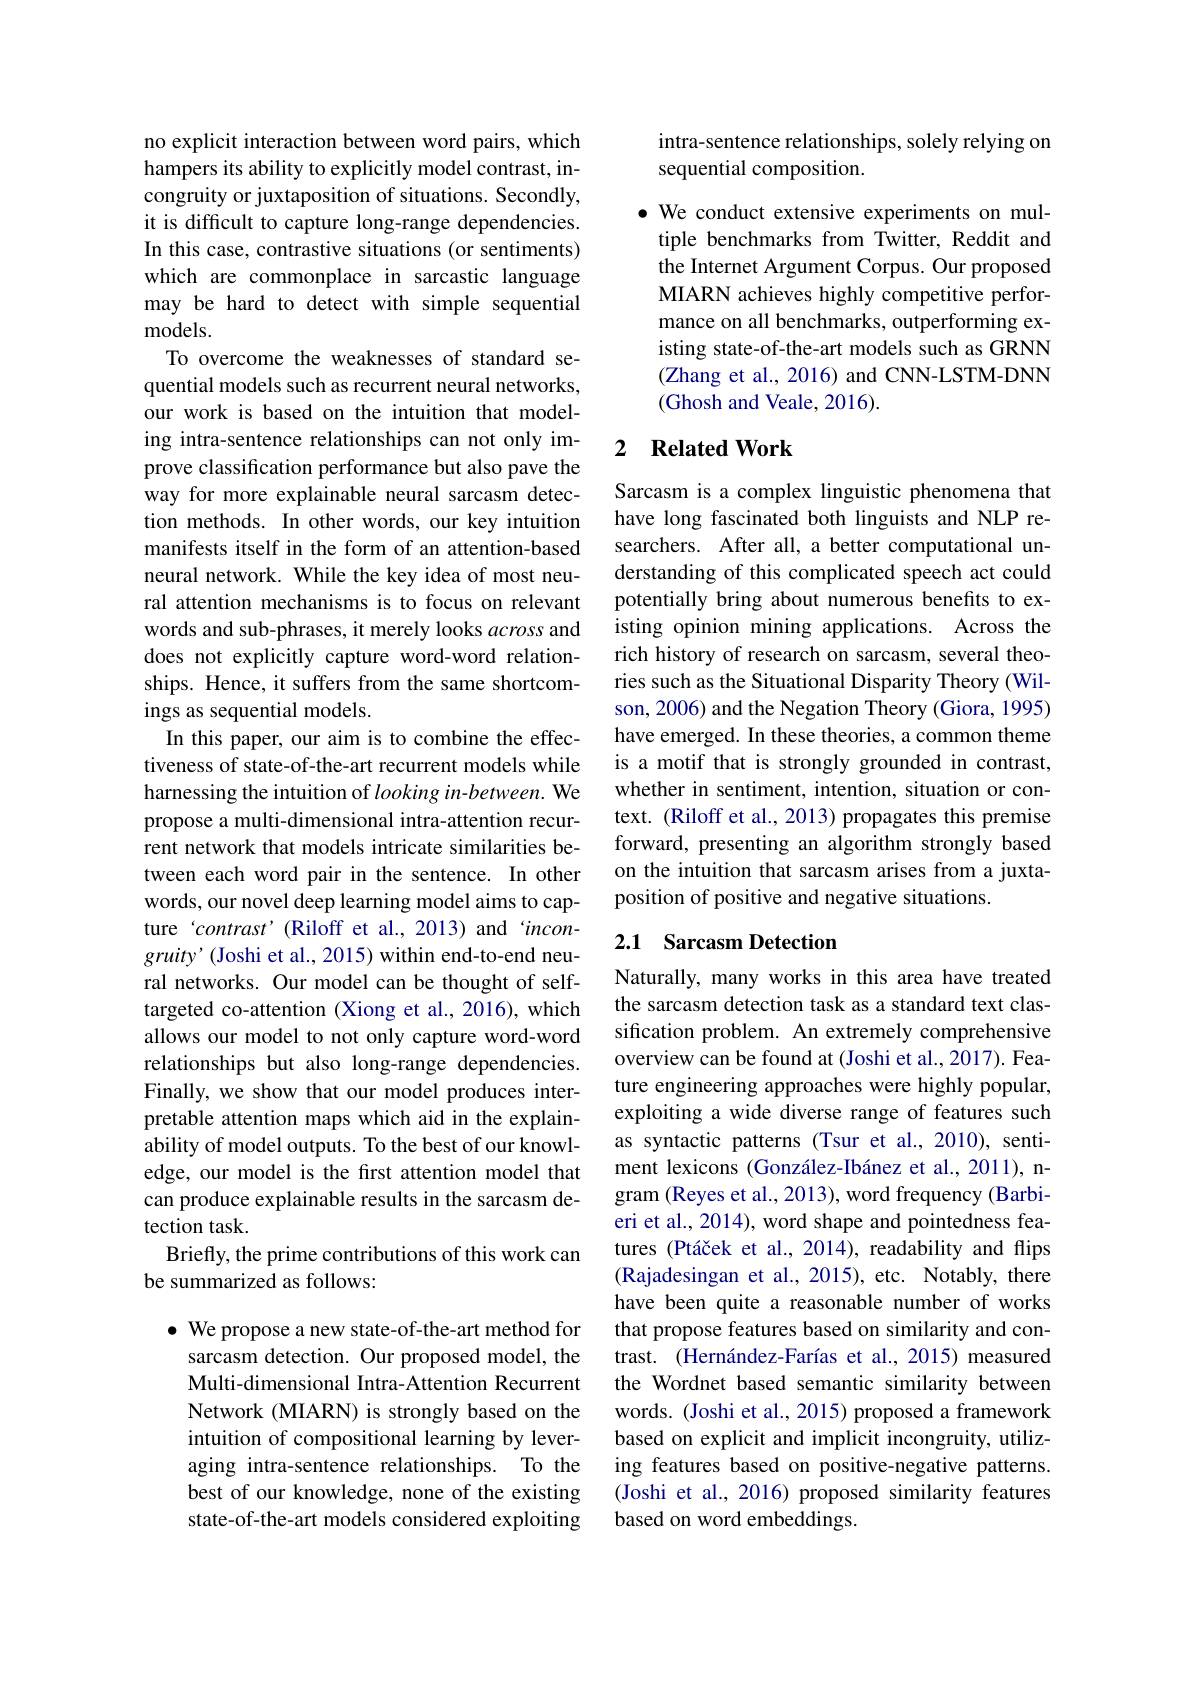
no explicit interaction between word pairs, which hampers its ability to explicitly model contrast, incongruity or juxtaposition of situations. Secondly, it is difficult to capture long-range dependencies. In this case, contrastive situations (or sentiments) which are commonplace in sarcastic language may be hard to detect with simple sequential models.
To overcome the weaknesses of standard sequential models such as recurrent neural networks, our work is based on the intuition that modeling intra-sentence relationships can not only improve classification performance but also pave the way for more explainable neural sarcasm detection methods. In other words, our key intuition manifests itself in the form of an attention-based neural network. While the key idea of most neural attention mechanisms is to focus on relevant words and sub-phrases, it merely looks across and does not explicitly capture word-word relationships. Hence, it suffers from the same shortcomings as sequential models.
In this paper, our aim is to combine the effectiveness of state-of-the-art recurrent models while harnessing the intuition of looking in-between. We propose a multi-dimensional intra-attention recurrent network that models intricate similarities between each word pair in the sentence. In other words, our novel deep learning model aims to capture‘contrast’(Riloff et al.,2013) and‘incongruity' (Joshi et al., 2015) within end-to-end neural networks. Our model can be thought of selftargeted co-attention (Xiong et al., 2016), which allows our model to not only capture word-word relationships but also long-range dependencies. Finally, we show that our model produces interpretable attention maps which aid in the explainability of model outputs. To the best of our knowledge, our model is the frst attention model that can produce explainable results in the sarcasm detection task.
Briefly, the prime contributions of this work can
be summarized as follows:

$\bullet$ We propose a new state-of-the-art method for sarcasm detection. Our proposed model, the Multi-dimensional Intra-Attention Recurrent Network (MIARN) is strongly based on the intuition of compositional learning by leveraging intra-sentence relationships. To the best of our knowledge, none of the existing state-of-the-art models considered exploiting

intra-sentence relationships, solely relying on
sequential composition.

· We conduct extensive experiments on multiple benchmarks from Twitter, Reddit and the Internet Argument Corpus. Our proposed MIARN achieves highly competitive performance on all benchmarks, outperforming existing state-of-the-art models such as GRNN (Zhang et al., 2016) and CNN-LSTM-DNN (Ghosh and Veale, 2016).

## 2 Related Work

Sarcasm is a complex linguistic phenomena that have long fascinated both linguists and NLP researchers. After all, a better computational understanding of this complicated speech act could potentially bring about numerous benefits to existing opinion mining applications. Across the rich history of research on sarcasm, several theories such as the Situational Disparity Theory (Wilson, 2006) and the Negation Theory (Giora, 1995) have emerged. In these theories, a common theme is a motif that is strongly grounded in contrast, whether in sentiment, intention, situation or context. (Riloff et al., 2013) propagates this premise forward, presenting an algorithm strongly based on the intuition that sarcasm arises from a juxtaposition of positive and negative situations.

## 2.1 Sarcasm Detection

Naturally, many works in this area have treated the sarcasm detection task as a standard text classification problem. An extremely comprehensive overview can be found at (Joshi et al., 2017). Feature engineering approaches were highly popular, exploiting a wide diverse range of features such as syntactic patterns (Tsur et al.,2010), sentiment lexicons (González-Ibánez et al.,2011), ngram (Reyes et al., 2013), word frequency (Barbieri et al., 2014), word shape and pointedness features (Ptáček et al., 2014), readability and flips (Rajadesingan et al.,2015), etc. Notably, there have been quite a reasonable number of works that propose features based on similarity and contrast. (Hernández-Farías et al., 2015) measured the Wordnet based semantic similarity between words. (Joshi et al., 2015) proposed a framework based on explicit and implicit incongruity, utilizing features based on positive-negative patterns. (Joshi et al., 2016) proposed similarity features based on word embeddings.